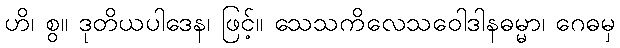
ဟိ၊ စွ။ ဒုတိယပါဒေန၊ ဖြင့်။ သေသကိလေသဝေါဒါနဓမ္မာ၊ ဂေဓမှ